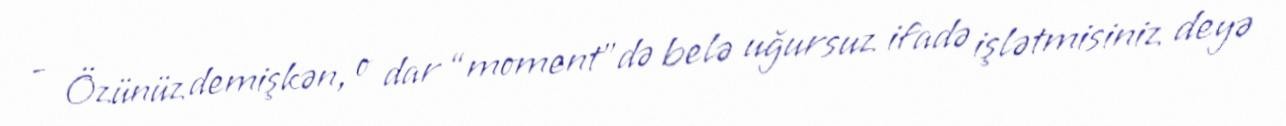
- Özünüz demişkən, o dar “moment”də belə uğursuz ifadə işlətmisiniz deyə